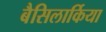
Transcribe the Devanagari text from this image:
बैसिलार्किया